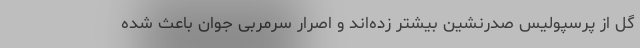
گل از پرسپولیس صدرنشین بیشتر زده‌اند و اصرار سرمربی جوان باعث شده